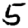
Digit: 5